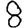
Digit: 8